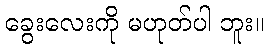
ခွေးလေးကို မဟုတ်ပါ ဘူး။